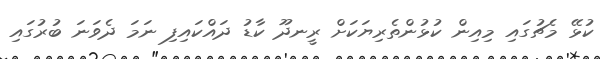
ކުޅޭ މެޗުގައި މިއިން ކުޅުންތެރިޔަކަށް ރީނދޫ ކާޑު ދައްކައިފި ނަމަ ދެވަނަ ބުރުގައި